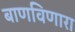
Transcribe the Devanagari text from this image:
बाणविणारा